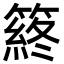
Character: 䈺